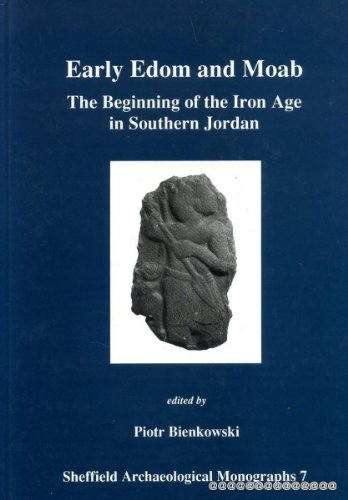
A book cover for Early Edom and Moab: The Beginning of the Iron Age in Southern Jordan (Sheffield Archaeological Monographs); Piotr Bienkowski; History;